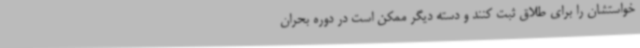
خواستشان را برای طلاق ثبت کنند و دسته دیگر ممکن است در دوره بحران